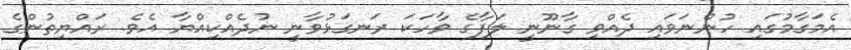
އެމަގާމުގައި ހުންނަވައި ދެއްވި ގާނޫނީ ލަފާގެ ވާހަކަ ރަނގަޅުވާނީ ނުދެއްކިއްޔާ އެވެ. ރައްޔިތުންގެ